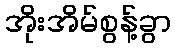
အိုးအိမ်စွန့်ခွာ